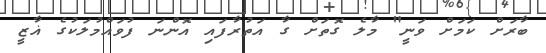
ބާރަށް ކަމަށް ވަނީ" މާލެ ގޮތަށް ގާ އަތުރާފައި އޮންނަ ފުވައްމުލަކުގެ ޣާޒީ